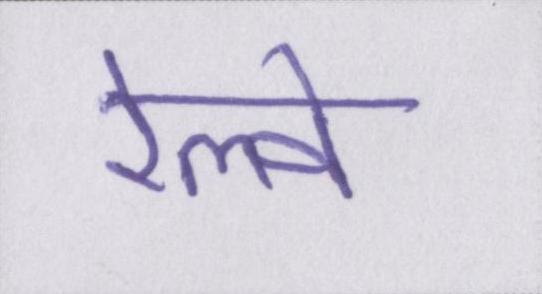
रेल्वे